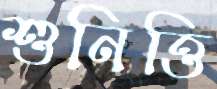
শুনিত্তি